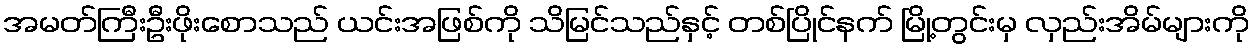
အမတ်ကြီးဦးဖိုးစောသည် ယင်းအဖြစ်ကို သိမြင်သည်နှင့် တစ်ပြိုင်နက် မြို့တွင်းမှ လှည်းအိမ်များကို